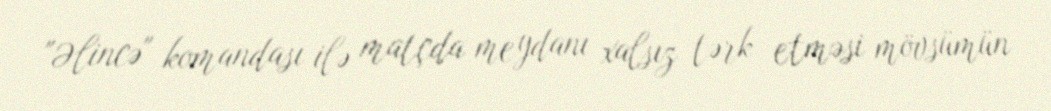
"Əlincə" komandası ilə matçda meydanı xalsız tərk etməsi mövsümün